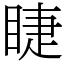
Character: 睫